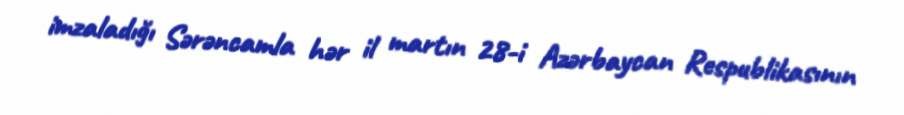
imzaladığı Sərəncamla hər il martın 28-i Azərbaycan Respublikasının